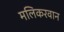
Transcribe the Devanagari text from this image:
मलिकरवान